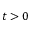
t > 0